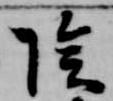
陰